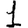
Digit: 1